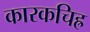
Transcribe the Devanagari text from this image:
कारकचिह्र